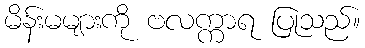
မိန်းမများကို ဗလက္ကာရ ပြုသည်။